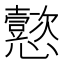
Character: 𫻢